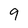
Character: 9